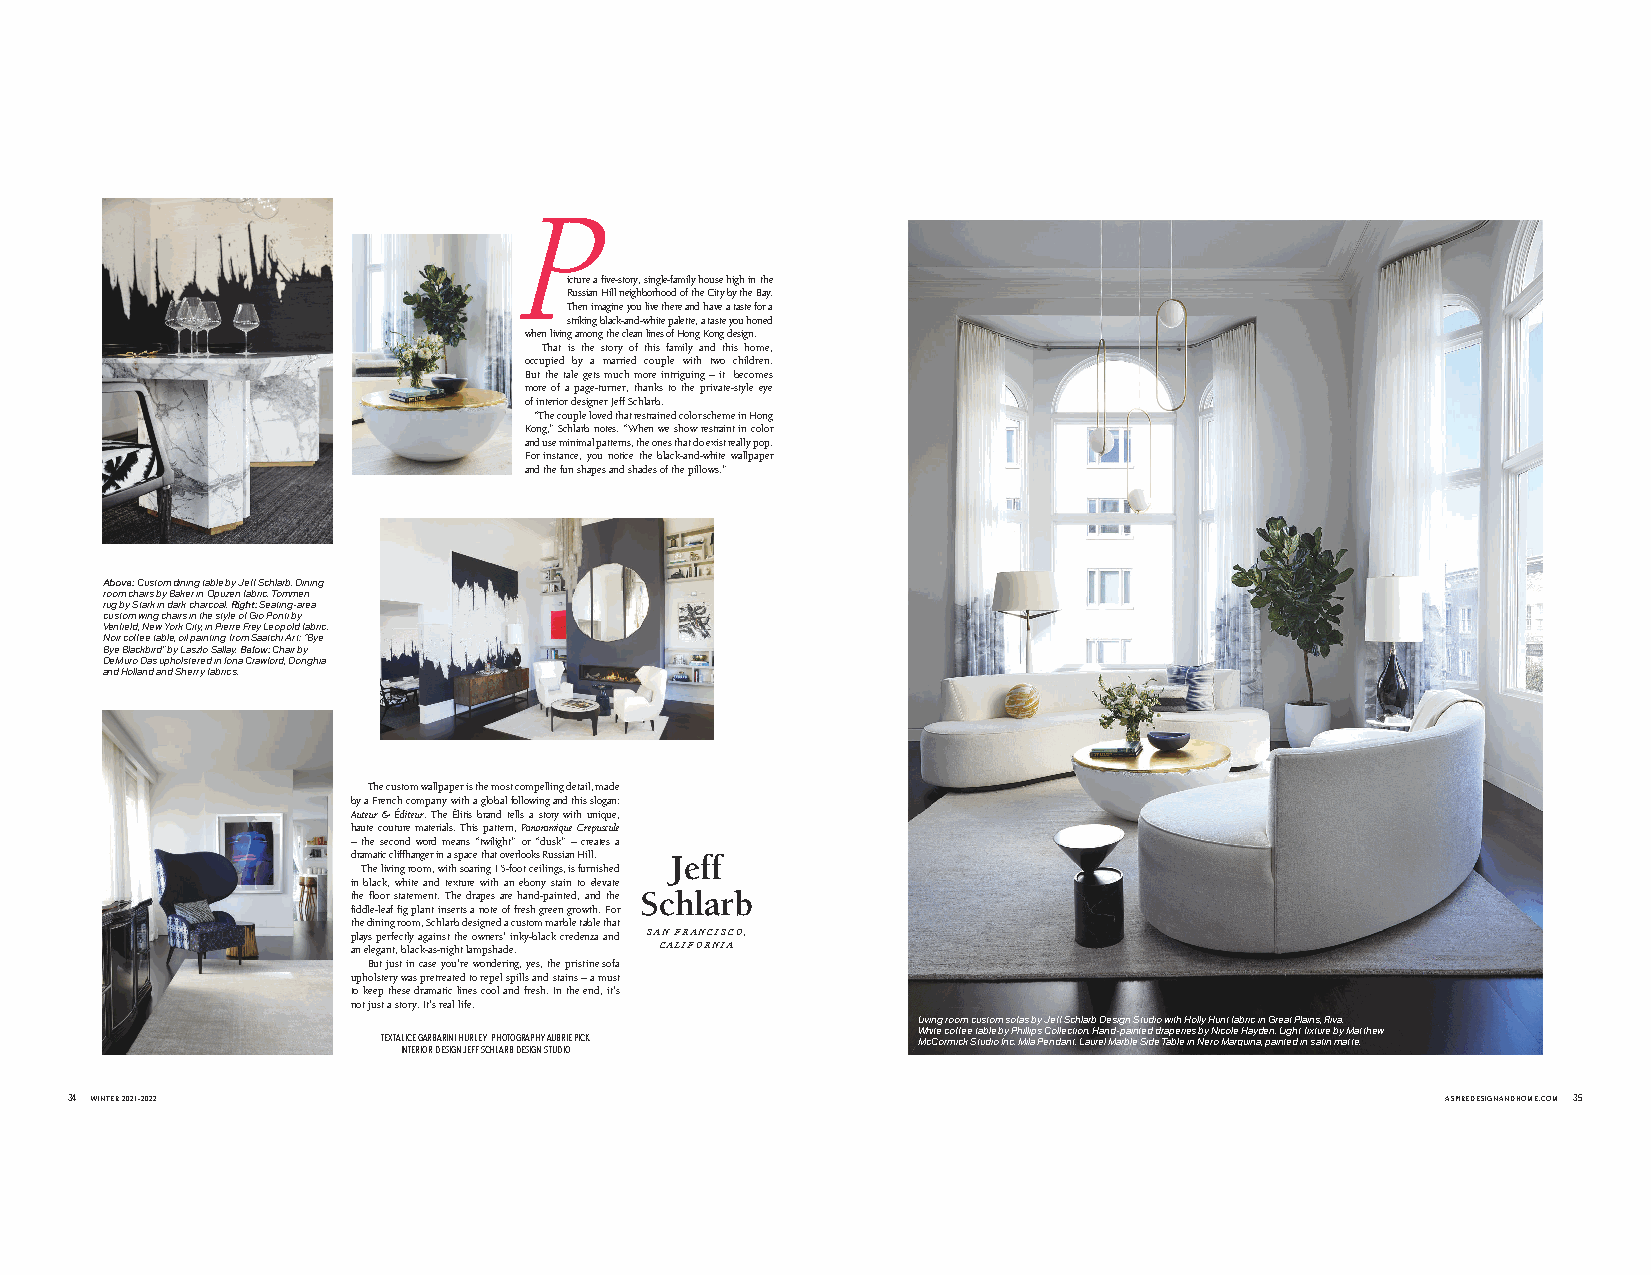
icture a five-story, single-family house high in the
 Russian Hill neighborhood of the City by the Bay.
 Then imagine you live there and have a taste for a
 striking black-and-white palette, a taste you honed
 when living among the clean lines of Hong Kong design.
 That is the story of this family and this home,
 occupied by a married couple with two children.
 But the tale gets much more intriguing – it becomes
 more of a page-turner, thanks to the private-style eye
 of interior designer Jeff Schlarb.
 “The couple loved that restrained color scheme in Hong
 Kong,” Schlarb notes. “When we show restraint in color
 and use minimal patterns, the ones that do exist really pop.
 For instance, you notice the black-and-white wallpaper
 and the fun shapes and shades of the pillows.”
 Above: Custom dining table by Jeff Schlarb. Dining
 room chairs by Baker in Opuzen fabric. Tommen
 rug by Stark in dark charcoal. Right: Seating-area
 custom wing chairs in the style of Gio Ponti by
 Venfield, New York City, in Pierre Frey Leopold fabric.
 Noir coffee table, oil painting from Saatchi Art: “Bye
 Bye Blackbird” by Laszlo Sallay. Below: Chair by
 DeMuro Das upholstered in Iona Crawford, Donghia
 and Holland and Sherry fabrics.
 The custom wallpaper is the most compelling detail, made
 by a French company with a global following and this slogan:
 Auteur & Éditeur. The Élitis brand tells a story with unique,
 haute couture materials. This pattern, Panoramique Crépuscule
 – the second word means “twilight” or “dusk” – creates a
 dramatic cliffhanger in a space that overlooks Russian Hill. Jeff
 The living room, with soaring 15-foot ceilings, is furnished
 in black, white and texture with an ebony stain to elevate
 the floor statement. The drapes are hand-painted, and the Schlarb
 fiddle-leaf fig plant inserts a note of fresh green growth. For
 the dining room, Schlarb designed a custom marble table that
 plays perfectly against the owners’ inky-black credenza and SAN FRANCISCO,
 an elegant, black-as-night lampshade. CALIFORNIA
 But just in case you’re wondering, yes, the pristine sofa
 upholstery was pretreated to repel spills and stains – a must
 to keep these dramatic lines cool and fresh. In the end, it’s
 not just a story. It’s real life.
 Living room custom sofas by Jeff Schlarb Design Studio with Holly Hunt fabric in Great Plains, Riva.
 TEXT A IL NIC TEE R G IOAR RB DA ER SI IN GI N H JU ER FL FE SY C HP LH AO RT BO DG ER SA IP GH NY S A TU UB DR IOIE PICK W Mch Cite o rc mo if cfe ke S t ta ub dl ie o b Iny c P . h Mil il li ap s P eC no dll ae nc tt .i o Ln a. u H rea ln Md a-p rba li en t Se id d ed r Ta ap be leri e ins Nb ey rN oi c Mo ale rq H ua iny ad , e pn a. i nL tig edht i nfi x st au tr ie n b my a M ttea .t thew
 34 WINTER 2021-2022                                                                         ASPIREDESIGNANDHOME.COM 35